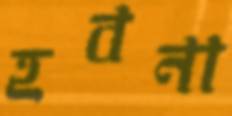
হবনা